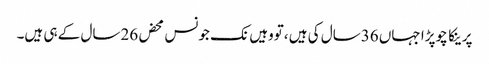
پرینکا چوپڑا جہاں 36سال کی ہیں ،تووہیں نک جونس محض 26سال کے ہی ہیں۔